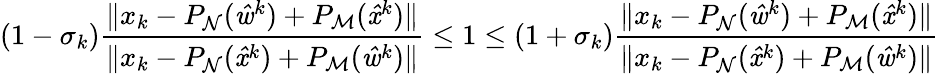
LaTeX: (1-\sigma_{k})\frac{\| x_{k}-P_{\mathrm{\mathcal{N}}}(\mathit{\hat{w}}^{k})+P_{\mathrm{\mathcal{M}}}(\mathit{\hat{x}}^{k})\| }{\| x_{k}-P_{\mathrm{\mathcal{N}}}(\mathit{\hat{x}}^{k})+P_{\mathrm{\mathcal{M}}}(\mathit{\hat{w}}^{k})\| }\leq 1\leq(1+\sigma_{k})\frac{\| x_{k}-P_{\mathrm{\mathcal{N}}}(\mathit{\hat{w}}^{k})+P_{\mathrm{\mathcal{M}}}(\mathit{\hat{x}}^{k})\| }{\| x_{k}-P_{\mathrm{\mathcal{N}}}(\mathit{\hat{x}}^{k})+P_{\mathrm{\mathcal{M}}}(\mathit{\hat{w}}^{k})\| }